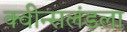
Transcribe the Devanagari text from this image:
क्वीन्सलंडला